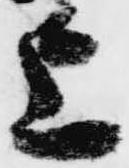
上